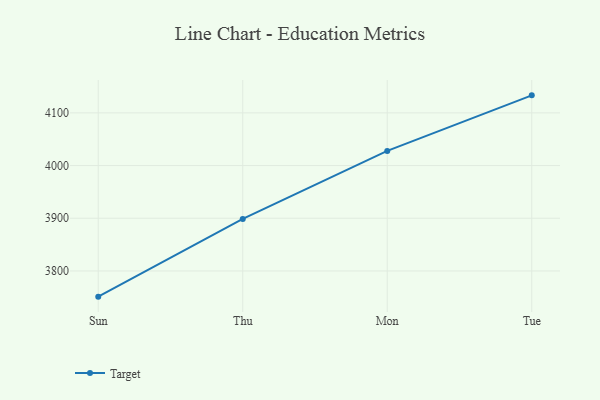
{"axis": {"x": "Day", "y": "Backlog"}, "legend": ["Target"], "data": [{"x": "Sun", "y": 3751.2, "type": "Target"}, {"x": "Thu", "y": 3898.7, "type": "Target"}, {"x": "Mon", "y": 4027.8, "type": "Target"}, {"x": "Tue", "y": 4133.3, "type": "Target"}]}